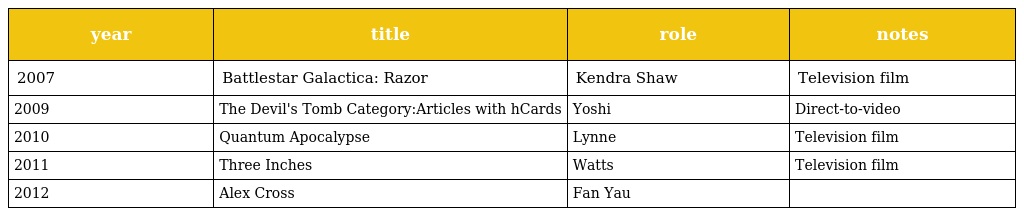
| year | title | role | notes |
 | --- | --- | --- | --- |
 | 2007 | Battlestar Galactica: Razor | Kendra Shaw | Television film |
 | 2009 | The Devil's Tomb Category:Articles with hCards | Yoshi | Direct-to-video |
 | 2010 | Quantum Apocalypse | Lynne | Television film |
 | 2011 | Three Inches | Watts | Television film |
 | 2012 | Alex Cross | Fan Yau |  |